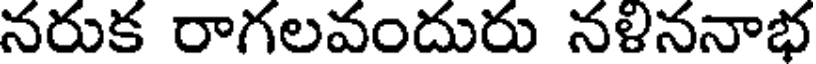
నరుక రాగలవందురు నళిననాభ